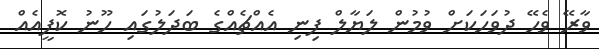
ވާރޭ ވެހޭ ދުވަހަކަށް ވުމުން ލަޔާލް ފިނި އެއްޗެއްގެ ބަދަލުގައި ހޫނު ކޮފީއެއް